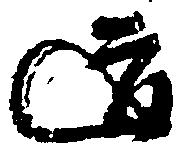
道